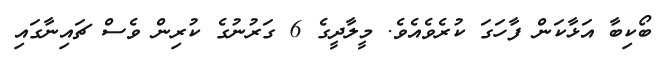
ބޯކިބާ އަޅާކަން ފާހަގަ ކުރެވެއެވެ. މީލާދީގެ 6 ގަރުނުގެ ކުރިން ވެސް ޗައިނާގައި